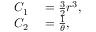
\begin{array} { r l } { C _ { 1 } } & { { } = { \frac { 3 } { 2 } } r ^ { 3 } , } \\ { C _ { 2 } } & { { } = { \frac { 1 } { \theta } } , } \end{array}